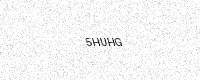
Text: 5HUHG